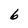
Character: 6